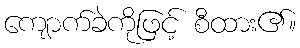
ကျောက်ခဲကိုဖြင့် စီထား၏။